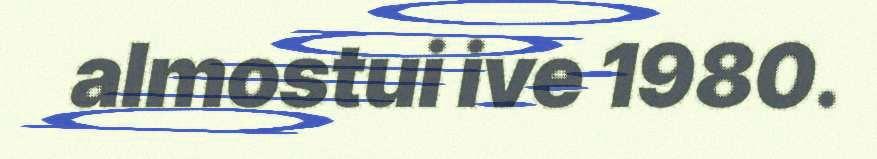
almostui ive 1980.